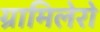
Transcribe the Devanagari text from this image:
ग्रामिलेरो